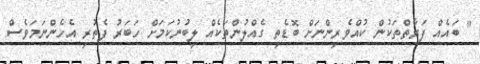
" ބައެއް ފަރާތްތަކުން ކުއްވެރިންނަށް ބޮޑެތި ގެއްލުންތަކެއް ލިބުނުކަމަށް ހަބަރު ފެތުރި އެހެންނަމަވެސް